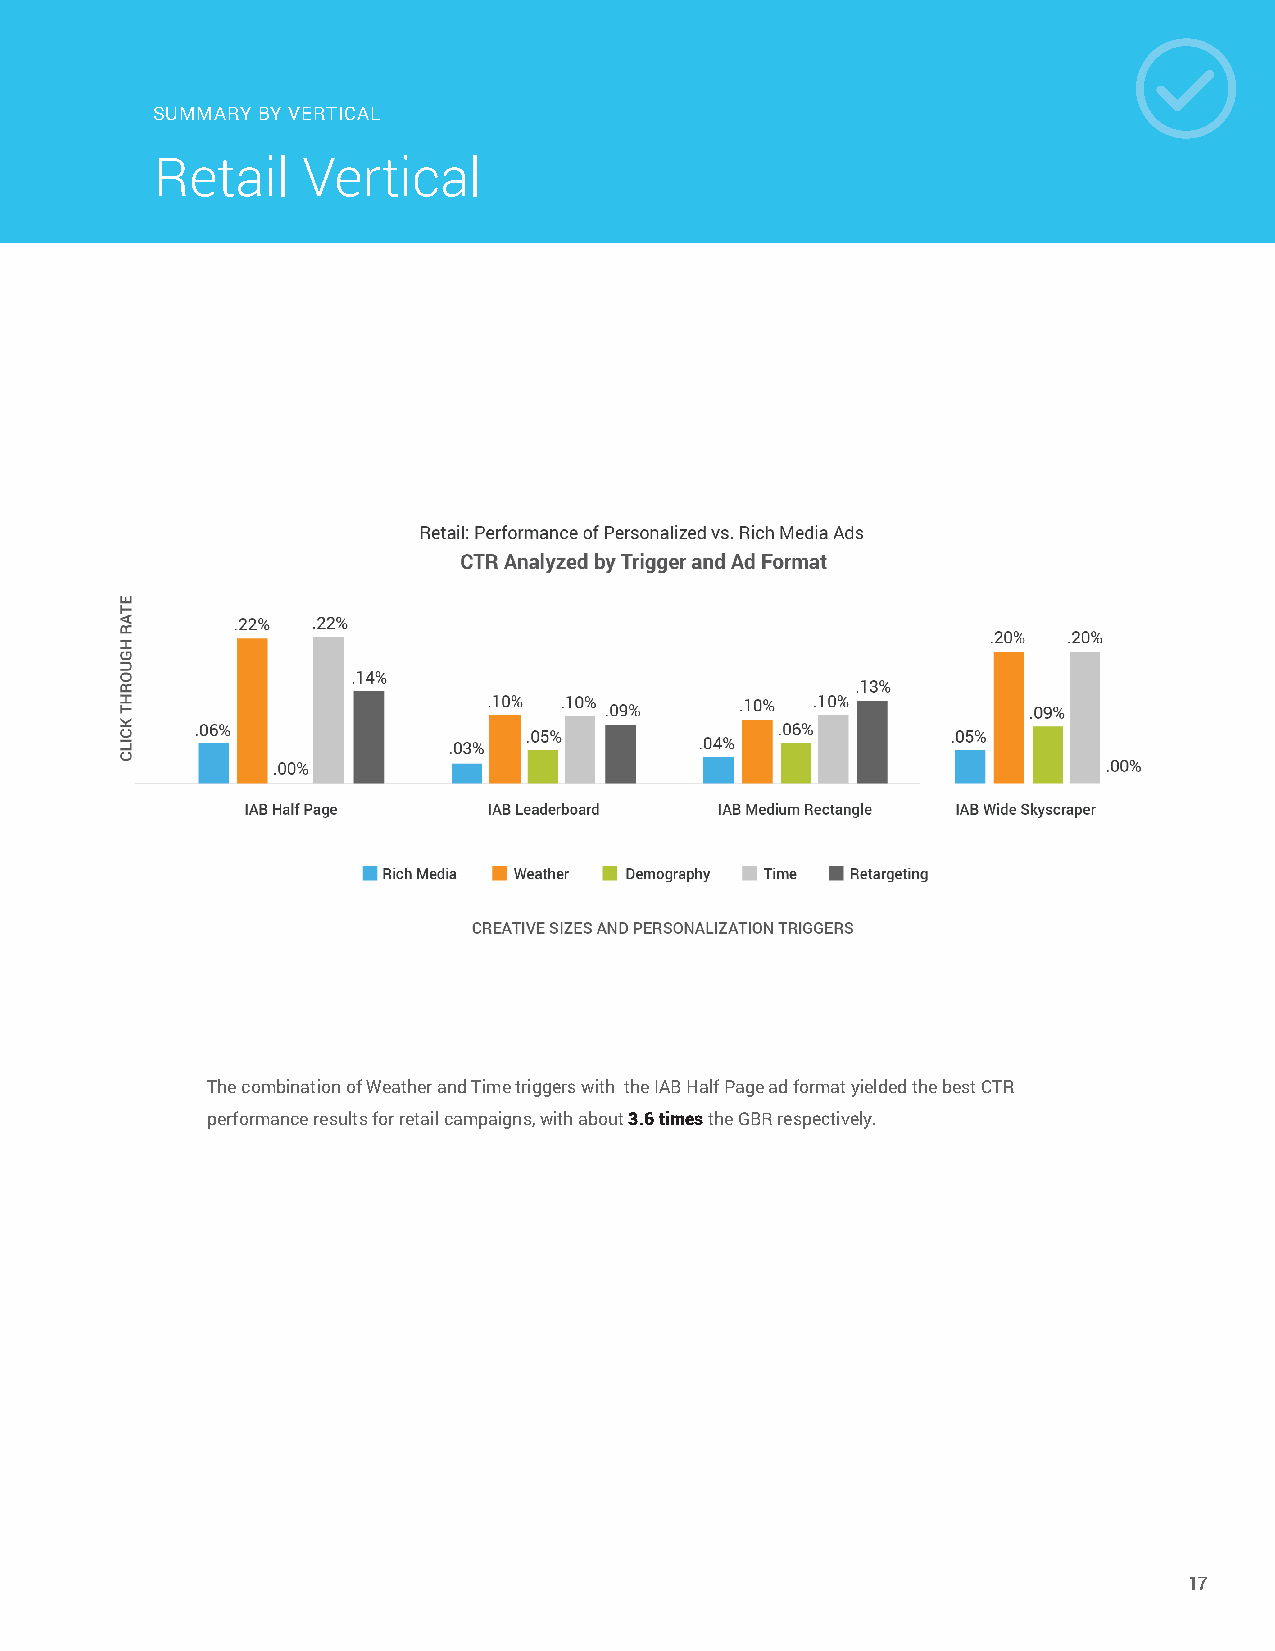
SUMMARY BY VERTICAL
 Retail    Vertical
 The combination of Weather and Time triggers with the IAB Half Page ad format yielded the best CTR
 performance results for retail campaigns, with about 3.6 times the GBR respectively.
 17